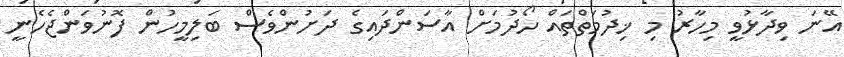
އޭނަ ވިދާޅުވީ މިހާރު މި ޚިދުމަތްތައް ހޯދުމަށް އާސަންދައިގެ ދަށުންވެސް ބަލިމީހުން ފޮނުވަންޖެހެނީ